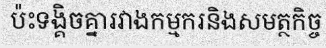
ប៉ះទង្គិចគ្នារវាងកម្មករនិងសមត្ថកិច្ច